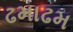
ઢમાઢમ